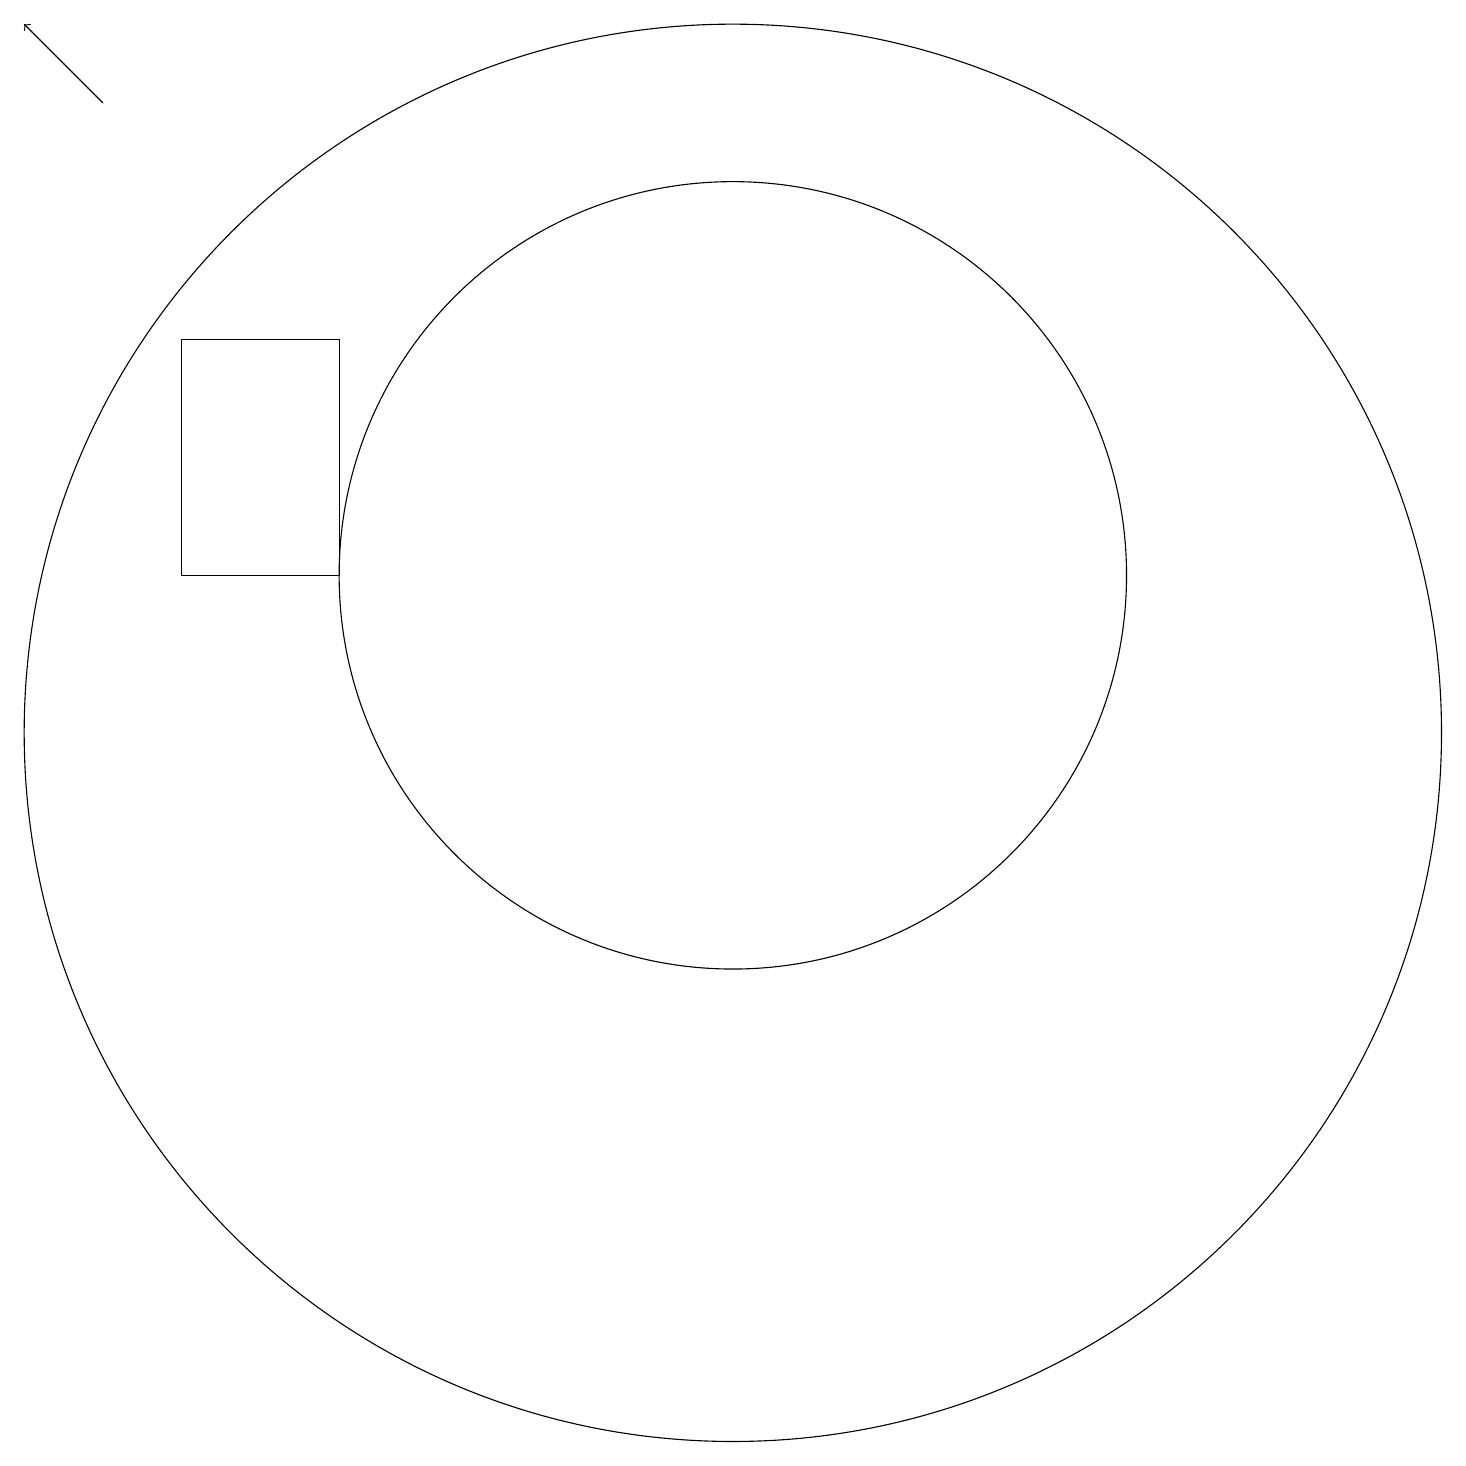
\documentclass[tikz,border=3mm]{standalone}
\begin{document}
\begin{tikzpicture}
\draw (10,10) circle (9);
\draw (5,12) rectangle (3,15);
\draw[->] (2,18) -- (1,19);
\draw (10,12) circle (5);
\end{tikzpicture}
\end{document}